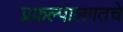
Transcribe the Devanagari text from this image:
प्रकल्पालगतचे